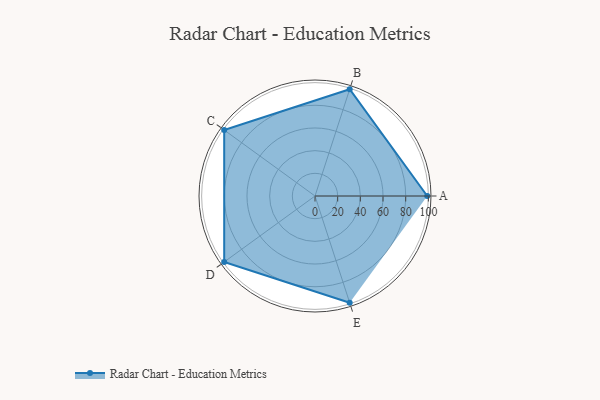
{"axis": {"x": "Skill", "y": "Score"}, "legend": ["Profile"], "data": [{"x": "A", "y": 99, "type": "Profile"}, {"x": "B", "y": 99, "type": "Profile"}, {"x": "C", "y": 99, "type": "Profile"}, {"x": "D", "y": 99, "type": "Profile"}, {"x": "E", "y": 99, "type": "Profile"}]}